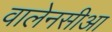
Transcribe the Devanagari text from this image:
वालेनसीआ